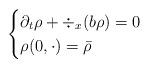
LaTeX: \begin{align*}\begin{cases}\partial_t\rho+\div_x(b\rho) = 0 & \\\rho(0,\cdot) = \bar\rho &\end{cases}\end{align*}